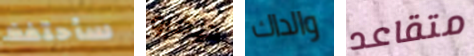
سأحتفظ ديفرو والداك متقاعد